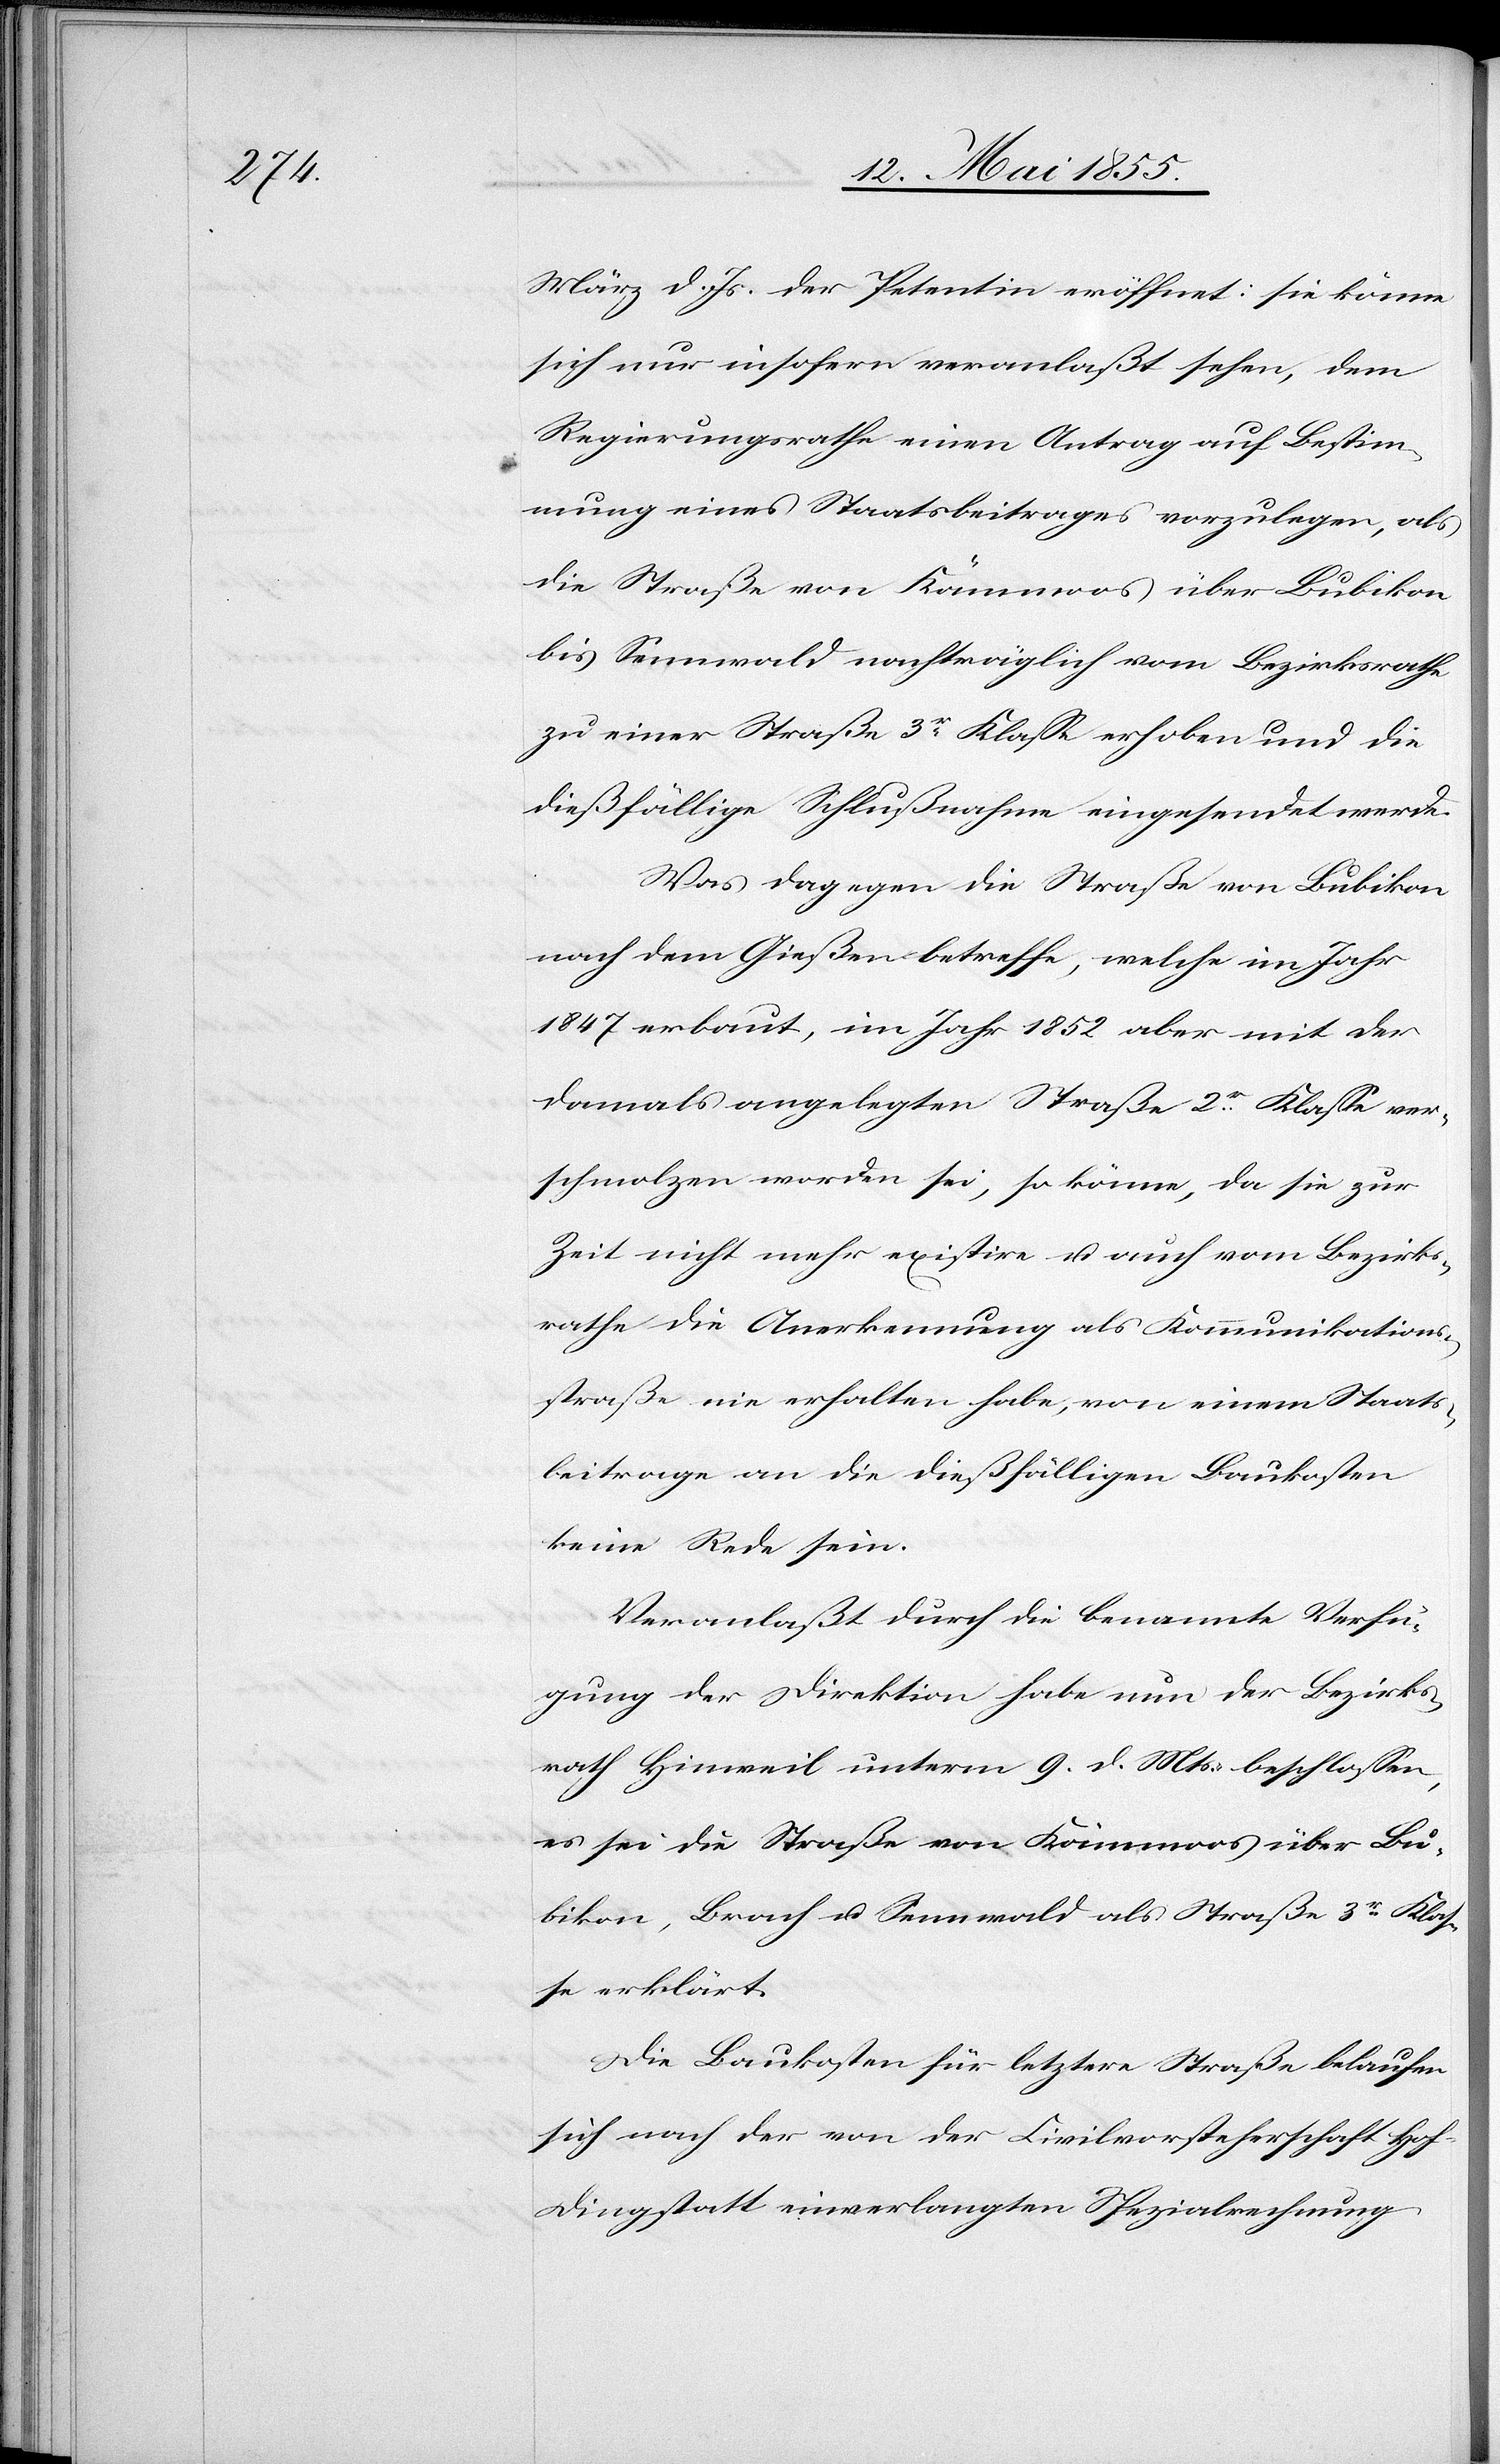
März d. Js. der Petentin eröffnet: sie könne
sich nur insofern veranlaßt sehen, dem
Regierungsrathe einen Antrag auf Bestim¬
mung eines Staatsbeitrages vorzulegen, als
die Straße von Kämmoos über Bubikon
bis Sennwald nachträglich vom Bezirksrathe
zu einer Straße 3r Klasse erhoben und die
dießfällige Schlußnahme eingesendet werde.
Was dagegen die Straße von Bubikon
nach dem Gießen betreffe, welche im Jahr
1847 erbaut, im Jahr 1852 aber mit der
damals angelegten Straße 2r. Klasse ver¬
schmolzen worden sei, so könne, da sie zur
Zeit nicht mehr existire u. auch vom Bezirks¬
rathe die Anerkennung als Kommunikations¬
straße nie erhalten habe, von einem Staats¬
beitrage an die dießfälligen Baukosten
keine Rede sein.
Veranlaßt durch die benannte Verfü¬
gung der Direktion habe nun der Bezirks¬
rath Hinweil unterm 9. d. Mts. beschlossen,
es sei die Straße von Kämmoos über Bu¬
bikon, Brach u. Sennwald als Straße 3r Klas¬
se erklärt.
Die Baukosten für letztere Straße belaufen
sich nach der von der Civilvorsteherschaft Ho¬
f-Dingstatt einverlangten Spezialrechnung